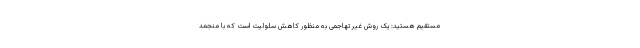
مستقیم هستید: یک روش غیر تهاجمی به منظور کاهش سلولیت است که با منجمد